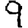
Digit: 9